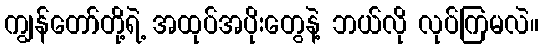
ကျွန်တော်တို့ရဲ့ အထုပ်အပိုးတွေနဲ့ ဘယ်လို လုပ်ကြမလဲ။